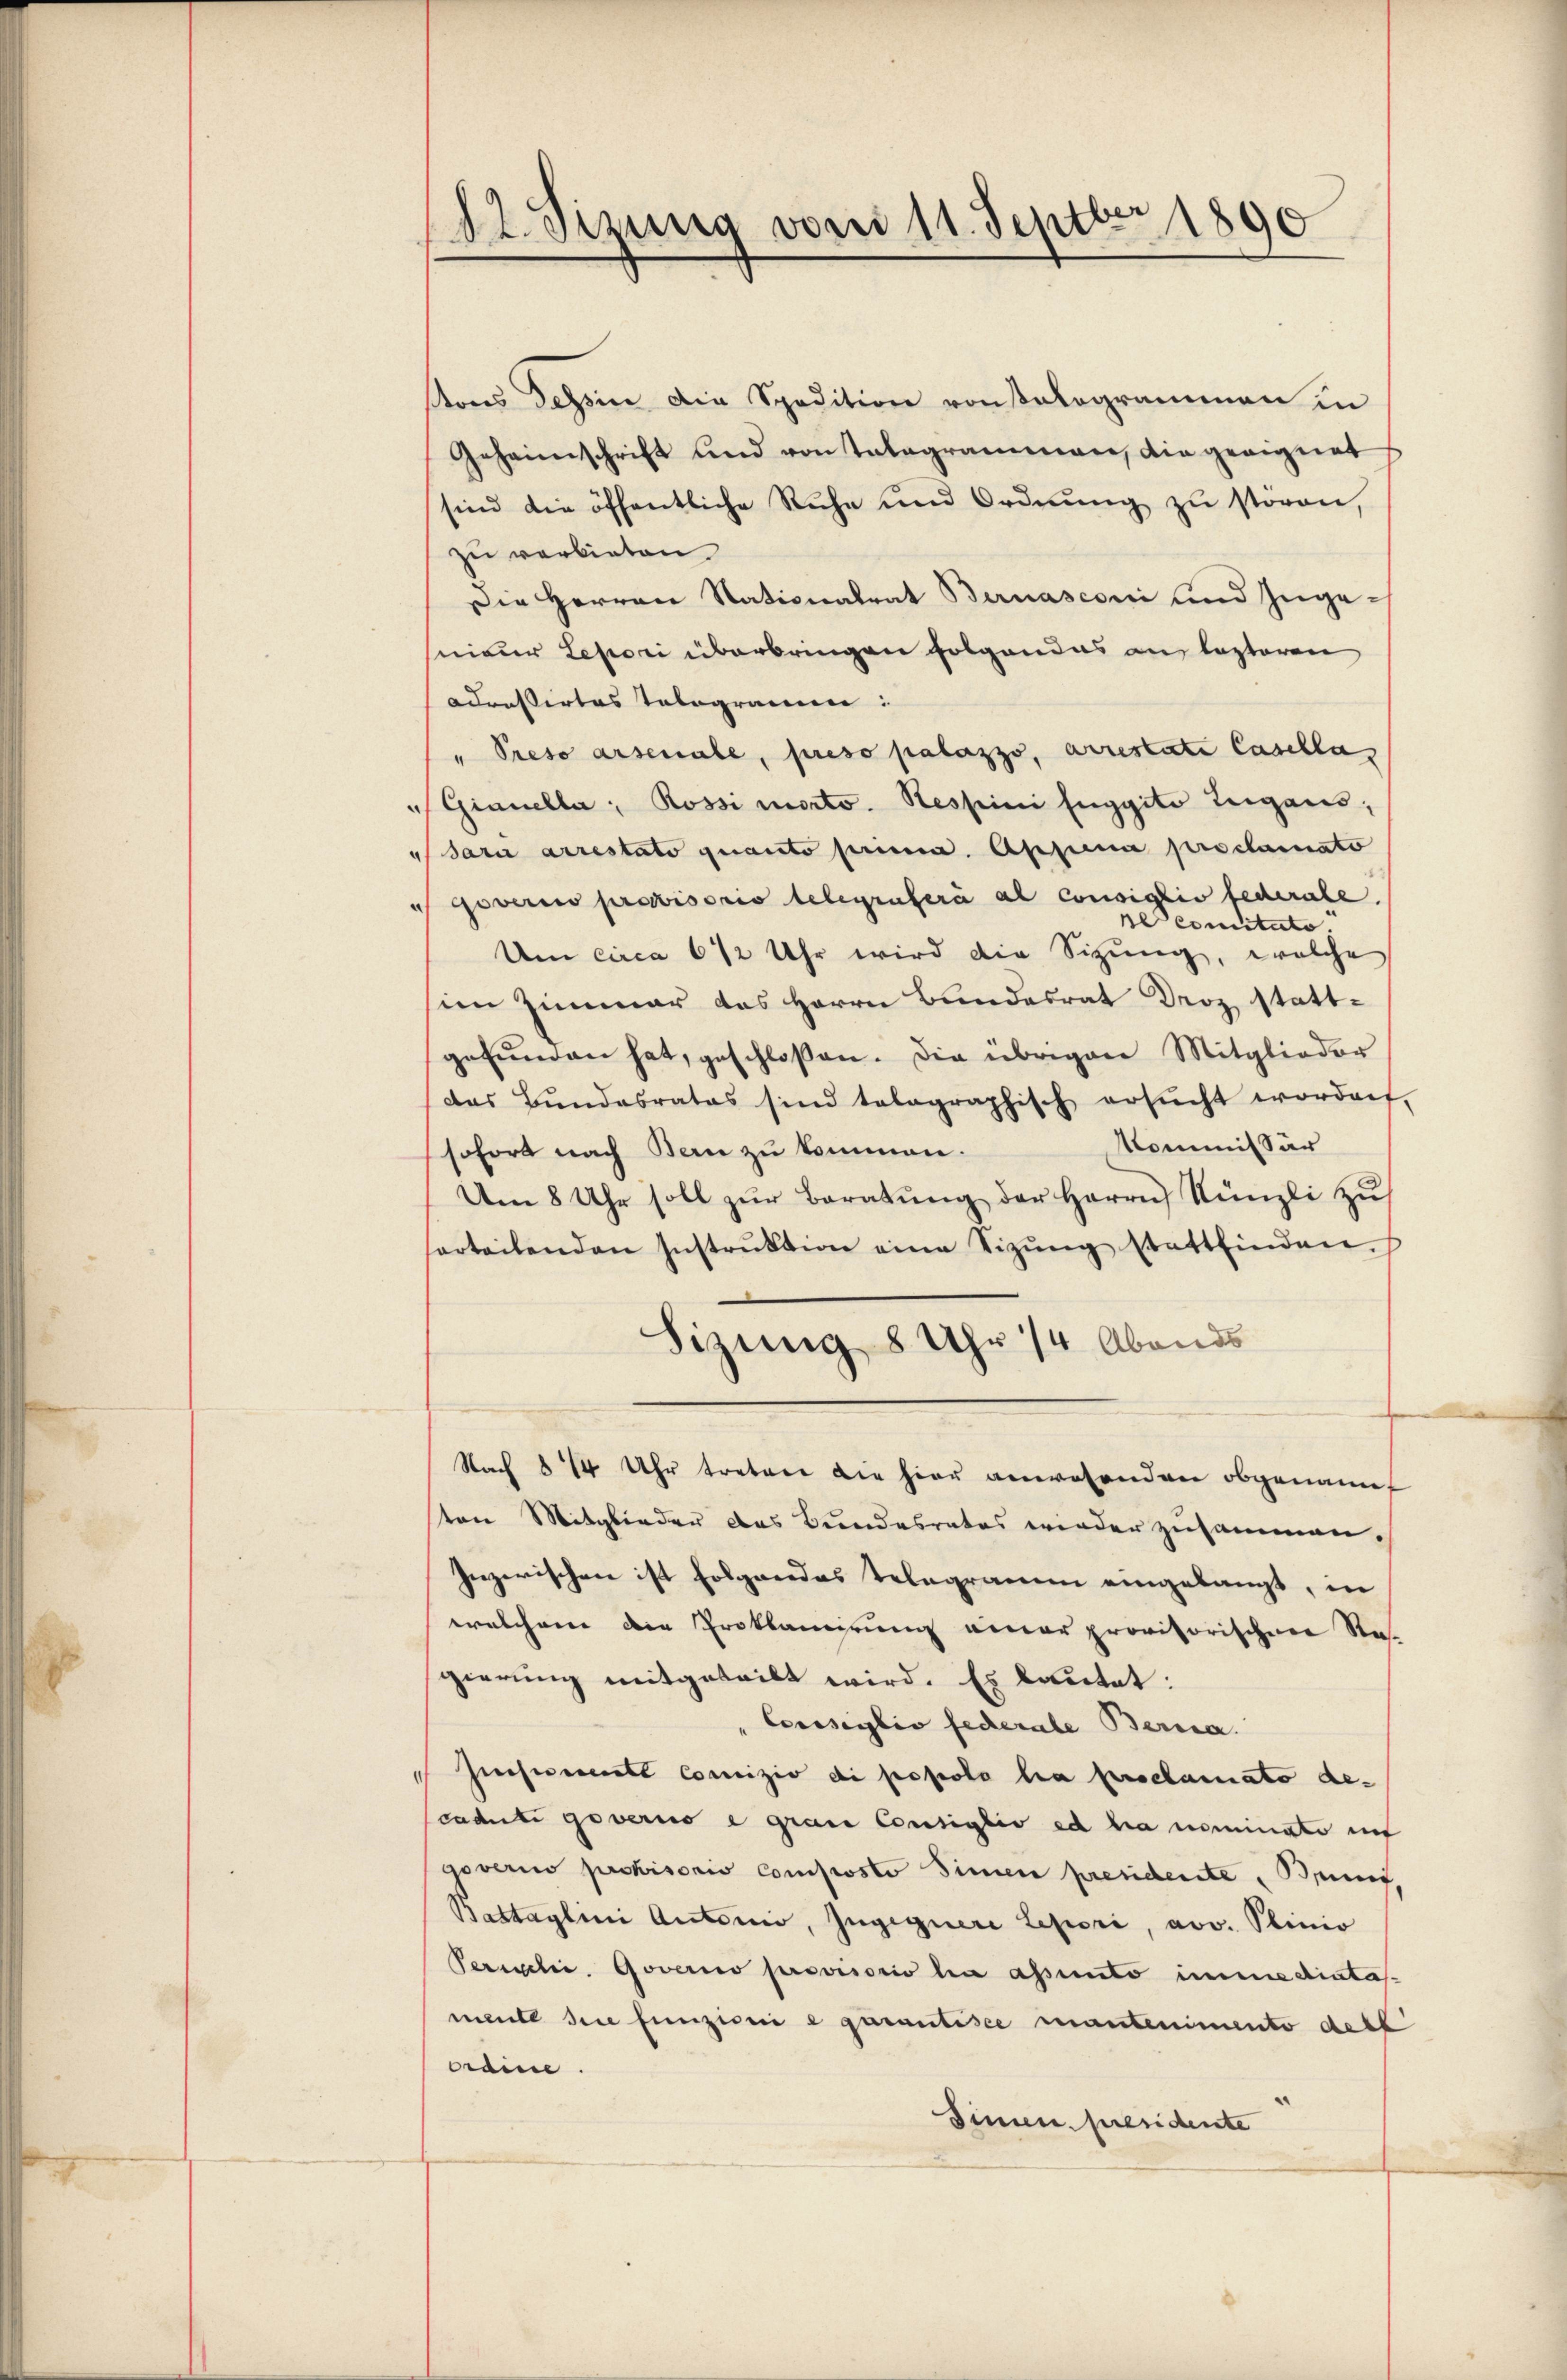
ons Tessin die Spedition ronstalogrammen in
Jeheimschrift und von Telegrammen, die geeignet
sind die öffentliche Ruhe und Ordnŭng zŭ stören,
zu verbieten
Die Herren Nationalrat Bernasconi und Ingeseiner Lepori überbringen folgendes aus lezteren
adressirtes Telegram:
"Preso arsenale, preso palazzo, arrestate Casella
"Gianella, Rossi morto. Sessini fuggito Teigans,
" Sara arrestato quanto prena. Appena proclamato
 Goverio provisoris telegrafera al consiglio federale.
ne comitate.
Um circa 6 1/2 Uhr wird die Sizung, welche
im Zimmer das Herrn Bundesrat Droz stattgefŭnden hat, geschloßen. Die übrigen Mitglieder
das Bŭndesrates sind talographisch ersŭcht worden,
Kommissär
sofort nach Bern zu kommen.
Um 8 Uhr soll zŭr Beratŭng der Herrn Künzli zŭ
sorteilenden Instrŭktion eine Sizŭng stattfinden.
Sizung 8 Uhr 14 Abends
Nach § 14 Uhr tretene die hier anwehrenden obgenannt
ton Mitglieder das Bundesrates wieder zusammen.
Inzerischen ist folgendes Telegramm eingelangt, in
welchem die Proklamirung einer provisorischen Sta-
gierung mitgeteilt wird. Es lautet:
"Corsiglio federate Berna.
Geset Concizio di propolo ha proclamato de-
caduti governo e grau Consiglio ed ha nominate auf
goverio provisoris composto Sinnen presidente, Bruns,
Bastaglini Autorii, Zugegnere Lepori, avv. Plinio
Percele. Goverio provisorio ha assunto immediatas
mente die Einzioni e garantisce mantenimento ders
craine.
Sinnen presidente

(12. Sizung vom 11. Septbr. 1890